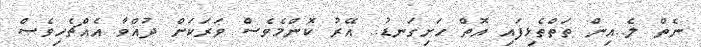
ނެތް ލެ..އިން ތަތްތެޅިފައި އޮތް ހަށިގަނޑު.. އޭރު ކޮންމެވެސް ވަރަކަށް ދުއްވާ އެއްޗެހިވެސް